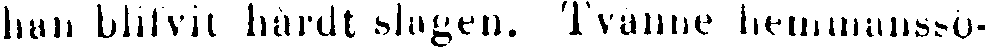
han blifvit hårdt slagen. Tvänne hemmanssö-